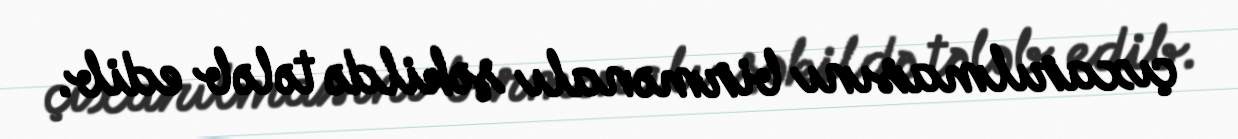
çıxarılmasını birmənalı şəkildə tələb edib.